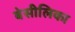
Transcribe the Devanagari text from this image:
बेसीलिका